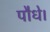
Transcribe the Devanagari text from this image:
पौधे।